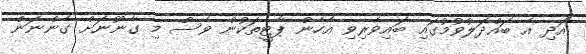
އަދި އެ ބައްދަލުވުމުގައި ބައިވެރިވި އެހެން ޕާޓީތަކުން ވެސް މި ގާނޫނަށް ގެންނަން